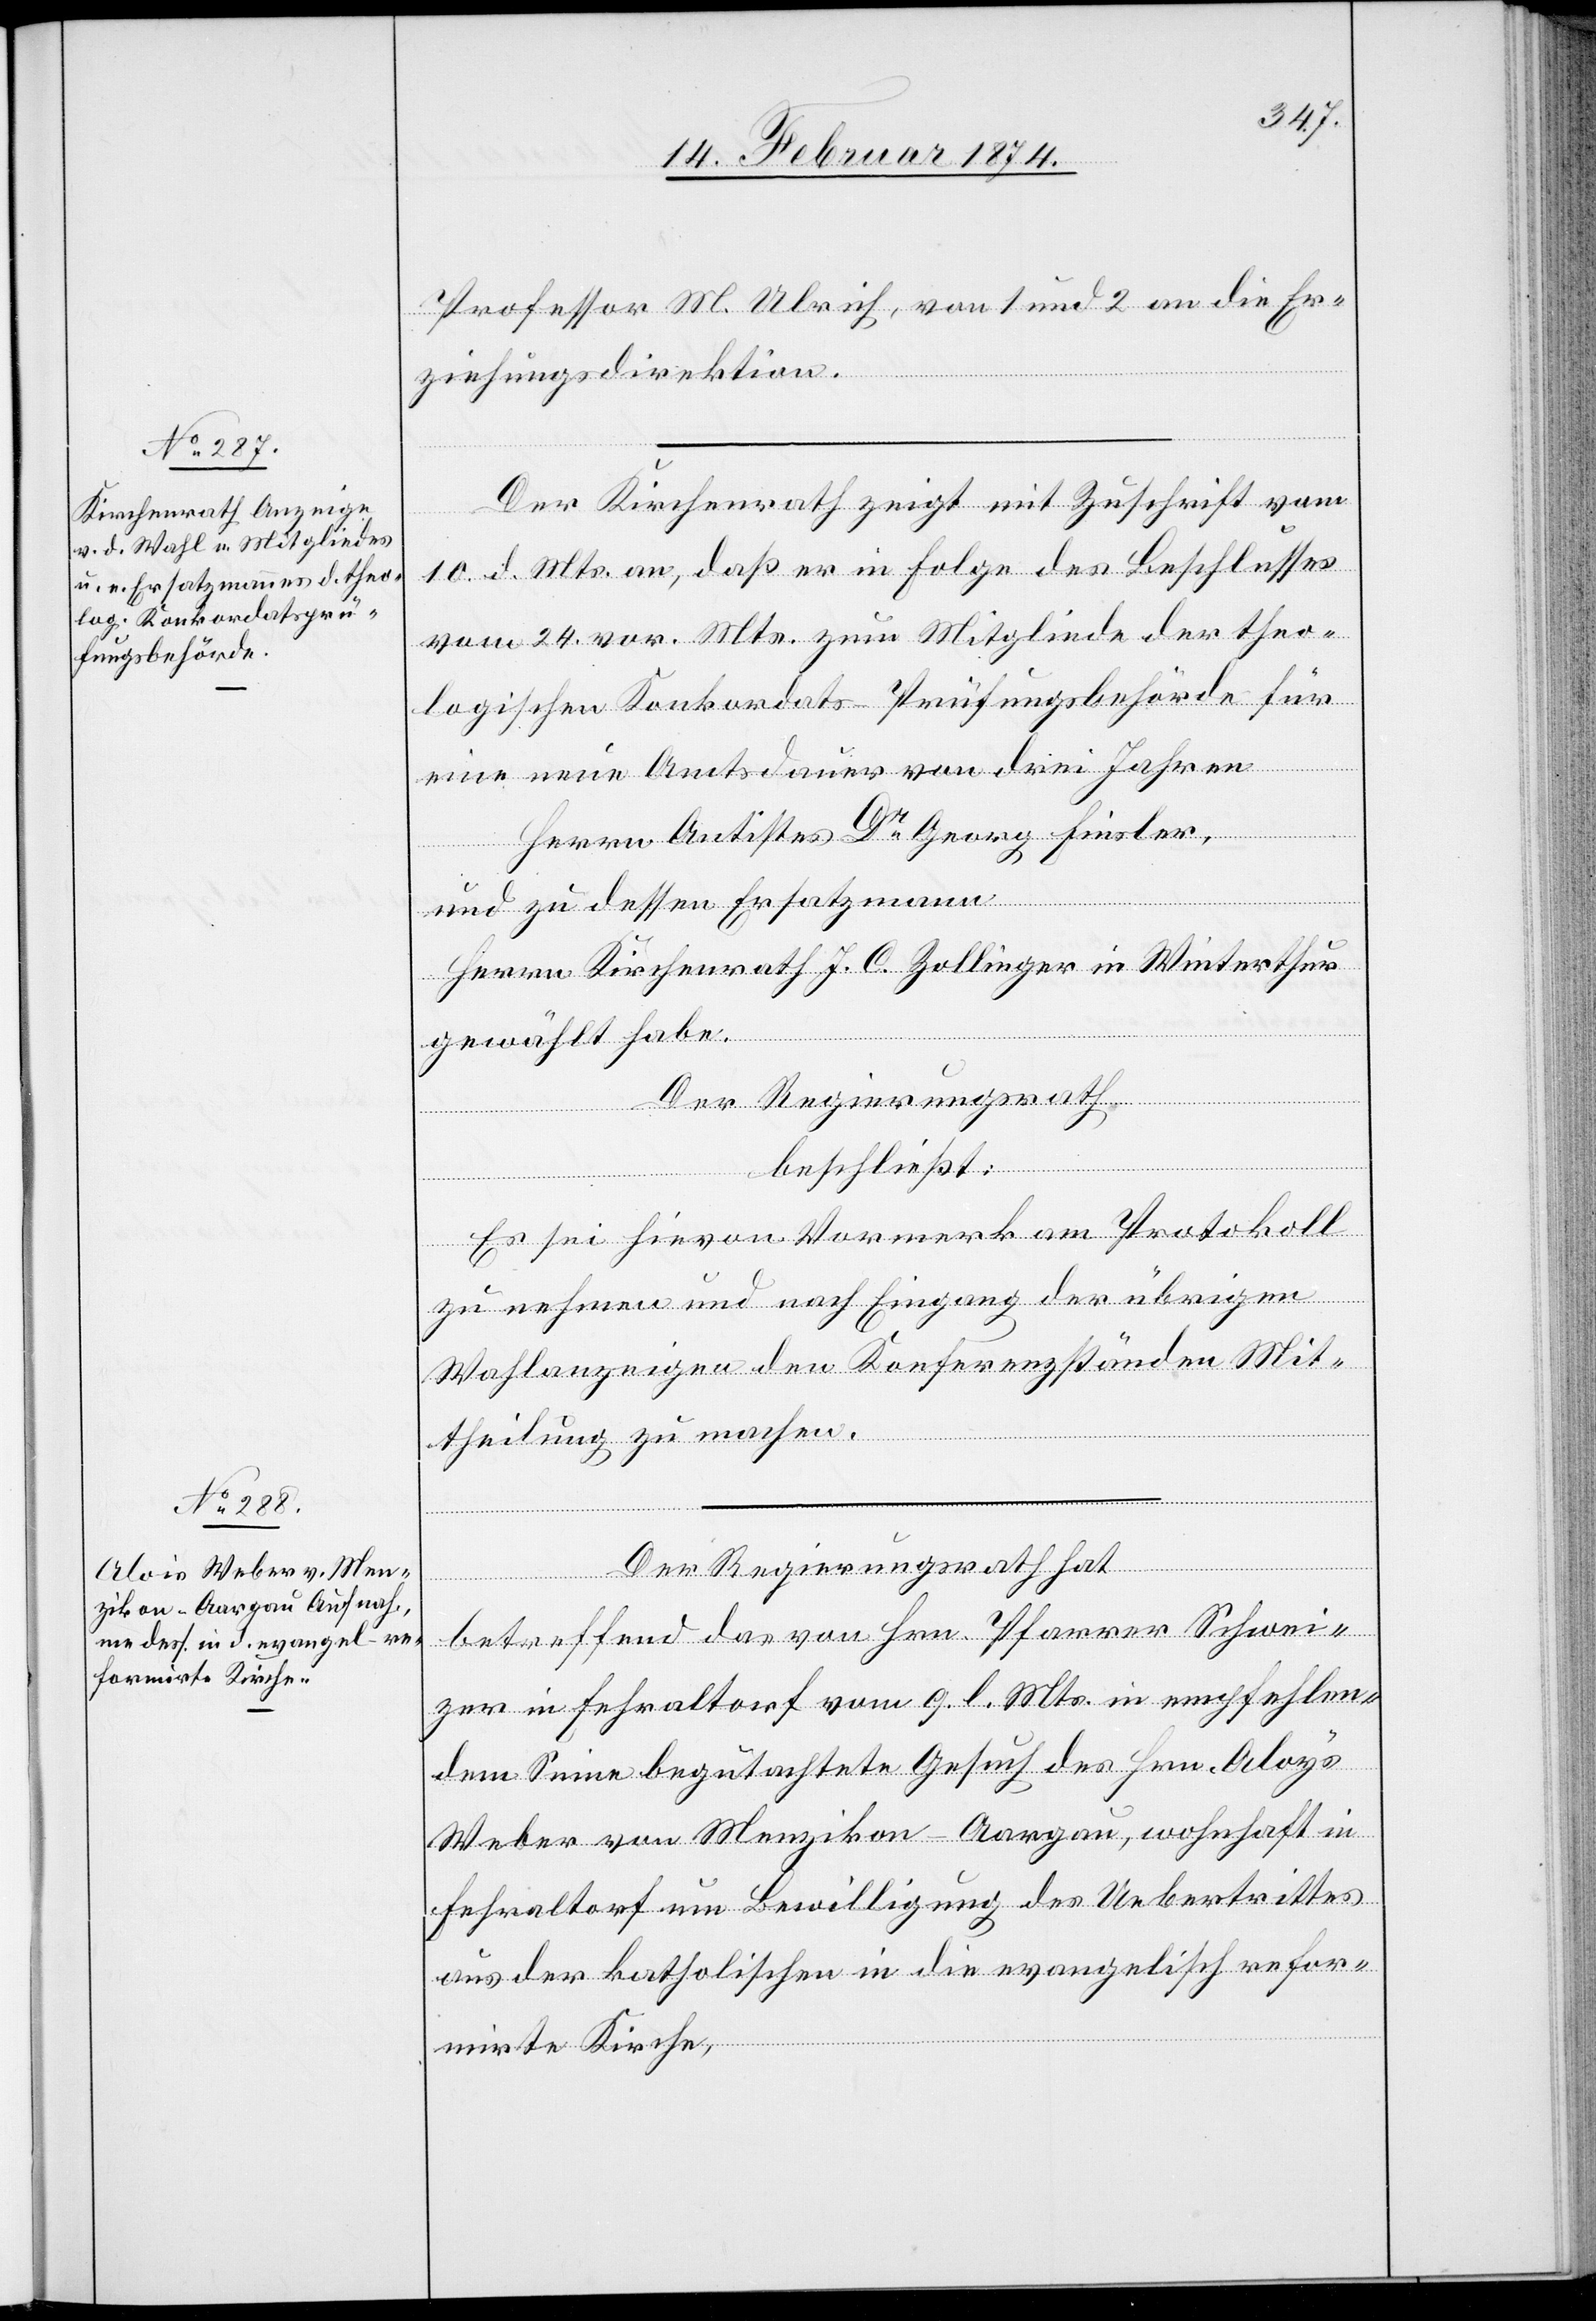
Professor M. Ulrich, von 1 und 2 an die Er¬
ziehungsdirektion.
Der Kirchenrath zeigt mit Zuschrift vom
10. d. Mts. an, daß er in Folge des Beschlusses
vom 24. vor. Mts. zum Mitgliede der theo¬
logischen Konkordats-Prüfungsbehörde für
eine neue Amtsdauer von drei Jahren
Herrn Antistes Dr Georg Finsler,
und zu dessen Ersatzmann
Herrn Kirchenrath J. C. Zollinger in Winterthur
gewählt habe.
Der Regierungsrath
beschließt:
Es sei hievon Vormerk am Protokoll
zu nehmen und nach Eingang der übrigen
Wahlanzeigen den Konferenzständen Mit¬
theilung zu machen.
Der Regierungsrath hat
betreffend das von Hrn. Pfarrer Schwei¬
zer in Fehraltorf vom 9. l. Mts. in empfehlen¬
dem Sinne begutachtete Gesuch des Hrn. Aloys
Weber von Menzikon-Aargau, wohnhaft in
Fehraltorf um Bewilligung des Uebertrittes
aus der katholischen in die evangelisch refor¬
mirte Kirche,